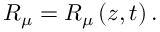
R _ { \mu } = R _ { \mu } \left( z , t \right) .